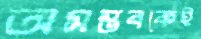
অসম্ভবকেই